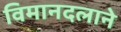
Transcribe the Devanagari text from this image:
विमानदलाने